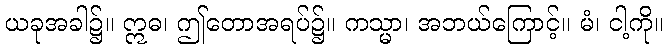
ယခုအခါ၌။ ဣဓ၊ ဤတောအရပ်၌။ ကသ္မာ၊ အဘယ်ကြောင့်။ မံ၊ ငါ့ကို။